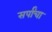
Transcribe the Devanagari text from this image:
सर्पांचा